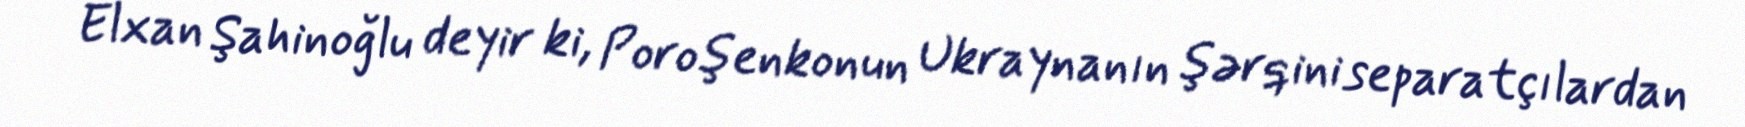
Elxan Şahinoğlu deyir ki, Poroşenkonun Ukraynanın şərqini separatçılardan